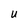
Character: U